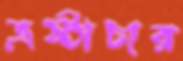
ভ্রষ্টাচার